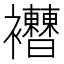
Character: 𧟔